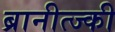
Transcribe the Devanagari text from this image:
ब्रानीत्ज्की